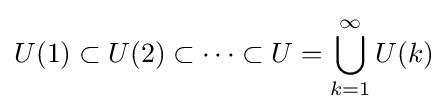
U(1)\subset U(2)\subset \cdots \subset U=\bigcup _{k=1}^{\infty }U(k)